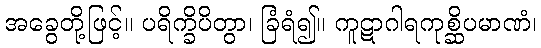
အခွေတို့ဖြင့်။ ပရိက္ခိပိတွာ၊ ခြံရံ၍။ ကူဋာဂါရကုစ္ဆိပမာဏံ၊